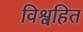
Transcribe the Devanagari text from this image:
विश्वहित